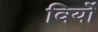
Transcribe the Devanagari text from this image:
विर्यो